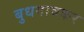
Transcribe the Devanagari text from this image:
बुधगावकर